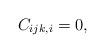
LaTeX: \begin{align*}C_{ijk,i} = 0,\end{align*}